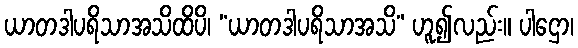
ယာတဒါပရိသာအသိထိပိ၊ “ယာတဒါပရိသာအသိ” ဟူ၍လည်း။ ပါဌော၊